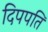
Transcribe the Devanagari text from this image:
दिपपति